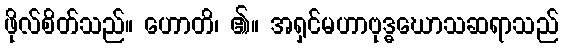
ဖိုလ်စိတ်သည်။ ဟောတိ၊ ၏။ အရှင်မဟာဗုဒ္ဓဃောသဆရာသည်